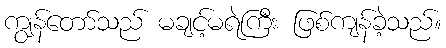
ကျွန်တော်သည် မချင့်မရဲကြီး ဖြစ်ကျန်ခဲ့သည်။